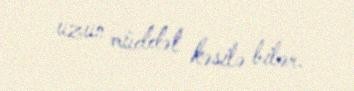
uzun müddət kəsilə bilər.